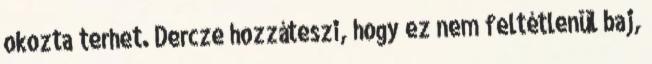
okozta terhet. Dercze hozzáteszi, hogy ez nem feltétlenül baj,